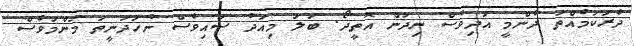
ދެރަކަމެއްތަ ދެންމީ އަދިވެސް ނިދަން އޮތީދޯ. ބަލަ މިއަދު ސައިވެސް ނުހަދަނީތަ މަންމަވެސް